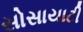
સોસાયાટી